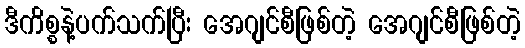
ဒီကိစ္စနဲ့ပက်သက်ပြီး အေဂျင်စီဖြစ်တဲ့ အေဂျင်စီဖြစ်တဲ့